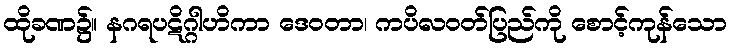
ထိုခဏ၌။ နဂရပဋိဂ္ဂါဟိကာ ဒေဝတာ၊ ကပိလဝတ်ပြည်ကို စောင့်ကုန်သော